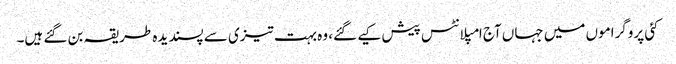
کئی پروگراموں میں جہاں آج امپلانٹس پیش کیے گئے، وہ بہت تیزی سے پسندیدہ طریقہ بن گئے ہیں۔